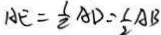
A E = \frac { 1 } { 2 } A D = \frac { 1 } { 2 } A B